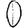
Digit: 0